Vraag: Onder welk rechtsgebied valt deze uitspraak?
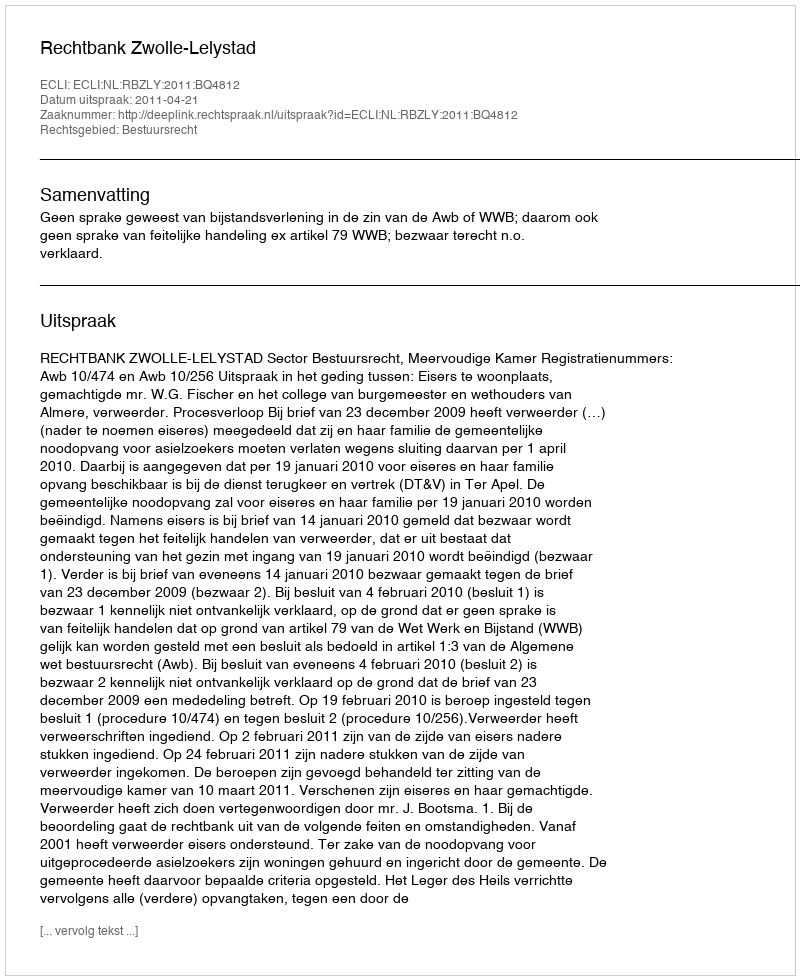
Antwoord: Bestuursrecht